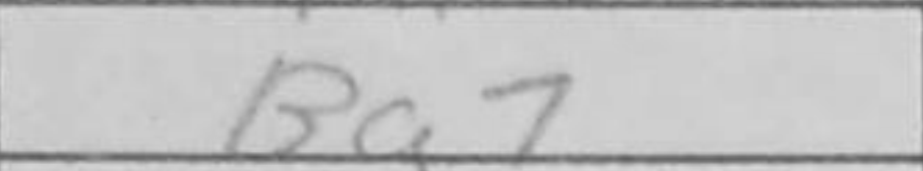
Transcription: Bg7